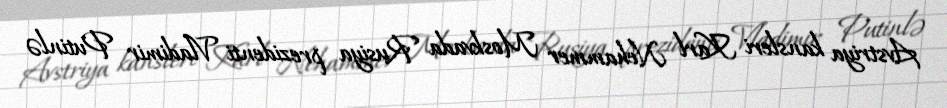
Avstriya kansleri Karl Nehammer Moskvada Rusiya prezidenti Vladimir Putinlə